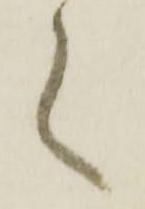
之